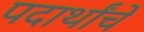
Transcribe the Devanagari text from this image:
पदार्थांचें